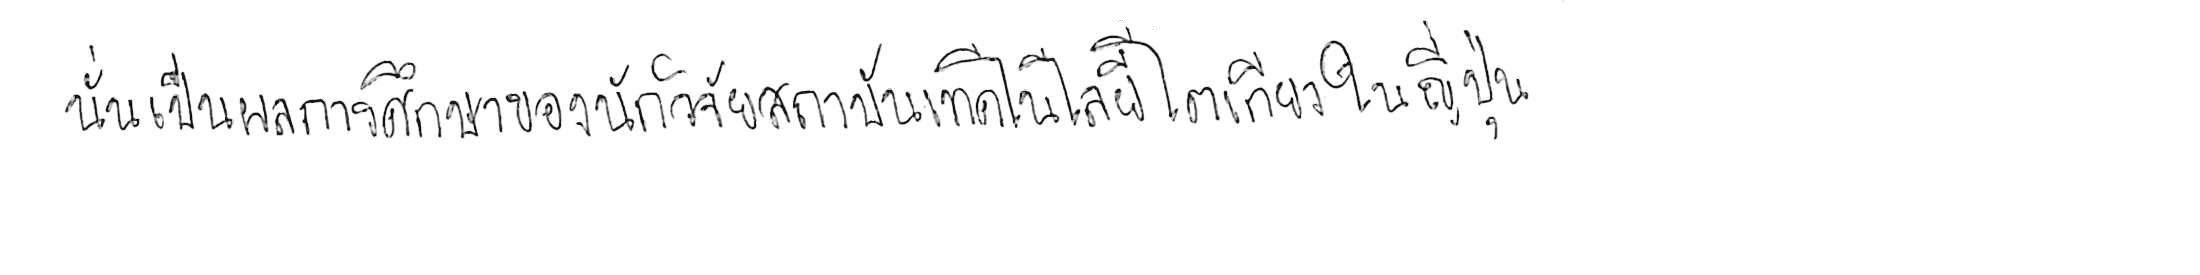
นั่นเป็นผลการศึกษาของนักวิจัยสถาบันเทคโนโลยีโตเกียว ในญี่ปุ่น